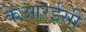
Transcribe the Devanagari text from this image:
केआरईसी